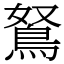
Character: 鴑